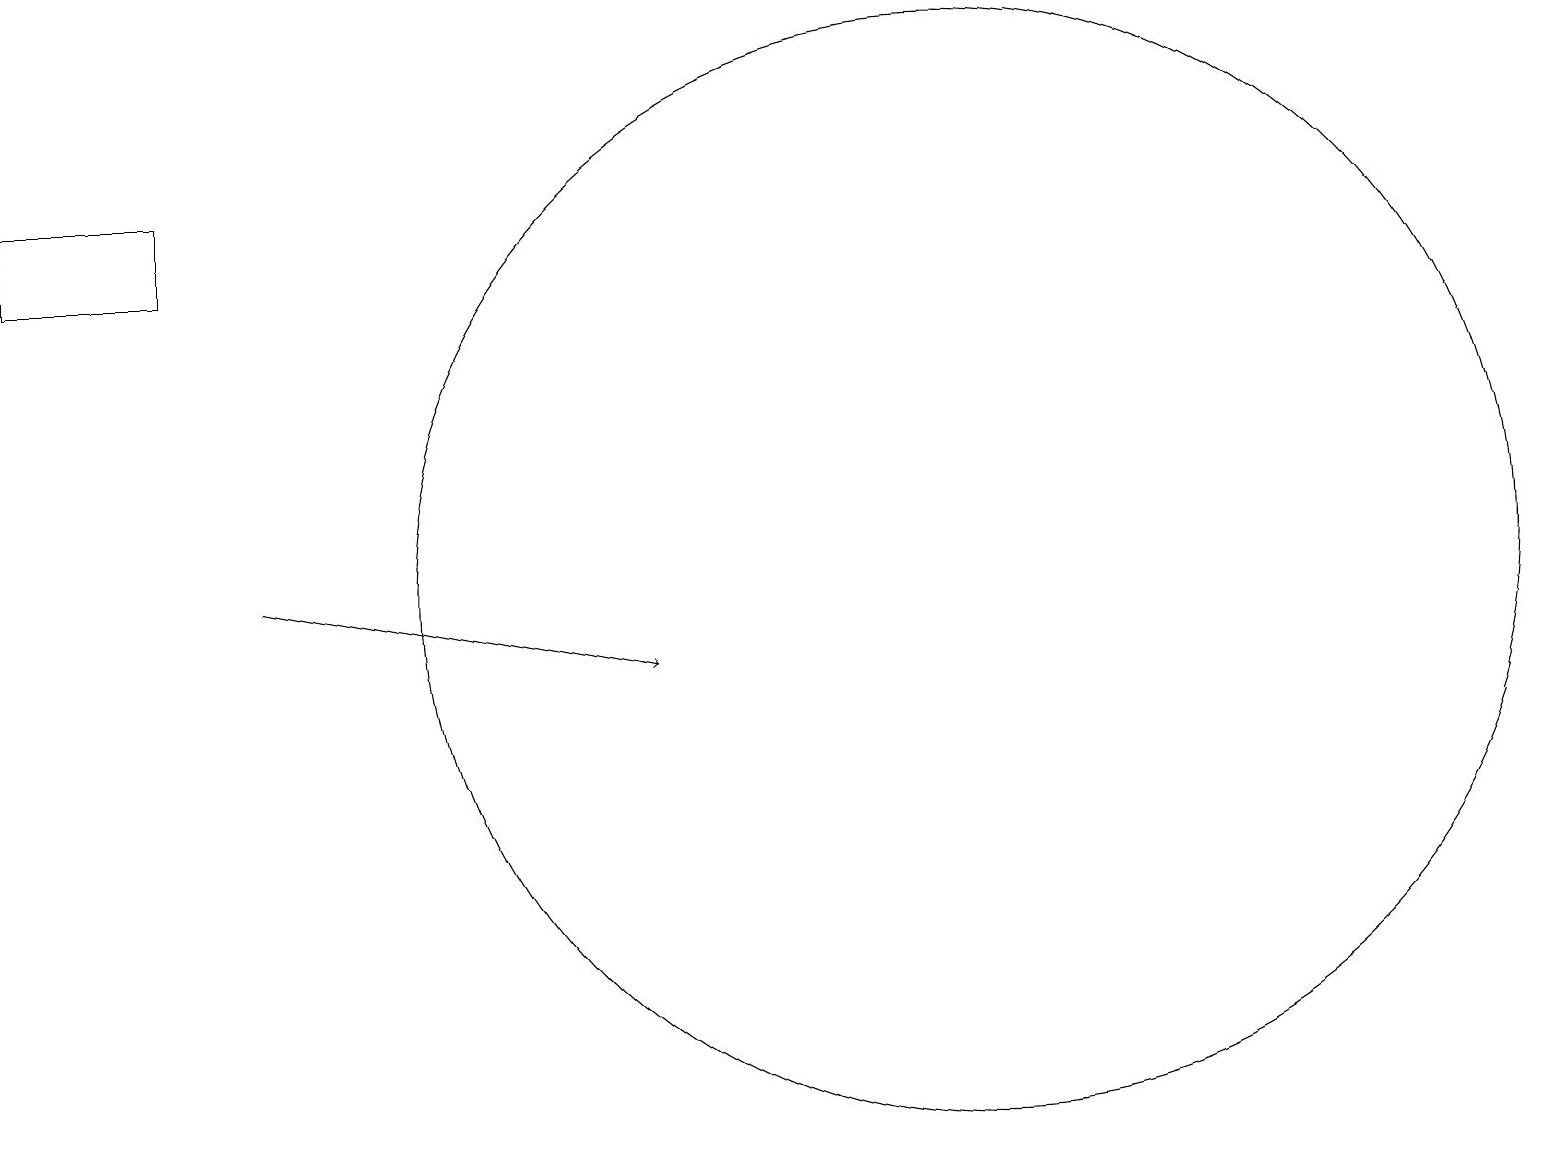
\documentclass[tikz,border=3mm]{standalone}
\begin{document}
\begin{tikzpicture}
\draw (10,10) circle (0);
\draw (0,16) rectangle (2,15);
\draw (12,11) circle (7);
\draw[->] (3,11) -- (8,10);
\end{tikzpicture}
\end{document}